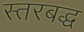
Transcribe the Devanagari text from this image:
स्तरबद्ध